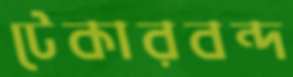
টেকারবন্দ